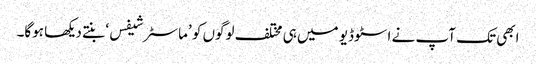
ابھی تک آپ نے اسٹوڈیو میں ہی مختلف لوگوں کو ’ماسٹر شیفس‘ بنتے دیکھا ہوگا۔